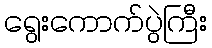
ရွေးကောက်ပွဲကြီး